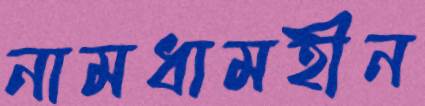
নামধামহীন